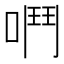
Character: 𫫅